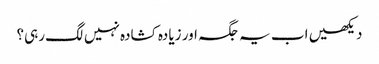
دیکھیں اب یہ جگہ اور زیادہ کشادہ نہیں لگ رہی؟